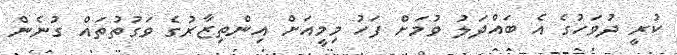
ކުރީ ދުވަހުގެ އެ ބައްދަލު ވުމަށް ފަހު މިމީއަށް އިންތިޒާރުގެ ވަގުތުތައް ގުނެން